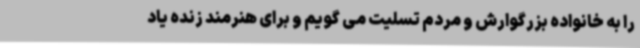
را به خانواده بزرگوارش و مردم تسلیت می گویم و برای هنرمند زنده یاد